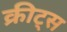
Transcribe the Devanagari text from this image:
क्रीट्स